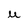
Character: u